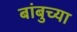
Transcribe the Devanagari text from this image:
बांबुच्या